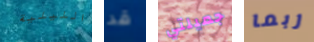
الليلية قد جميلتي ربما